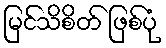
မြင်သိစိတ် ဖြစ်ပုံ